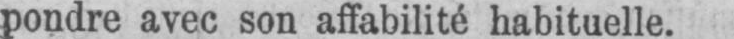
pondre avec son affabilité habituelle.